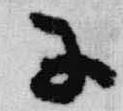
子